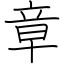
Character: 章